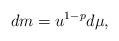
LaTeX: \begin{align*}dm = u^{1-p} d\mu,\end{align*}